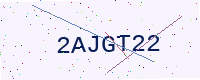
Text: 2AJGT22